Sketch of the medical history of the native army of Bombay, for the year
Year: 1870
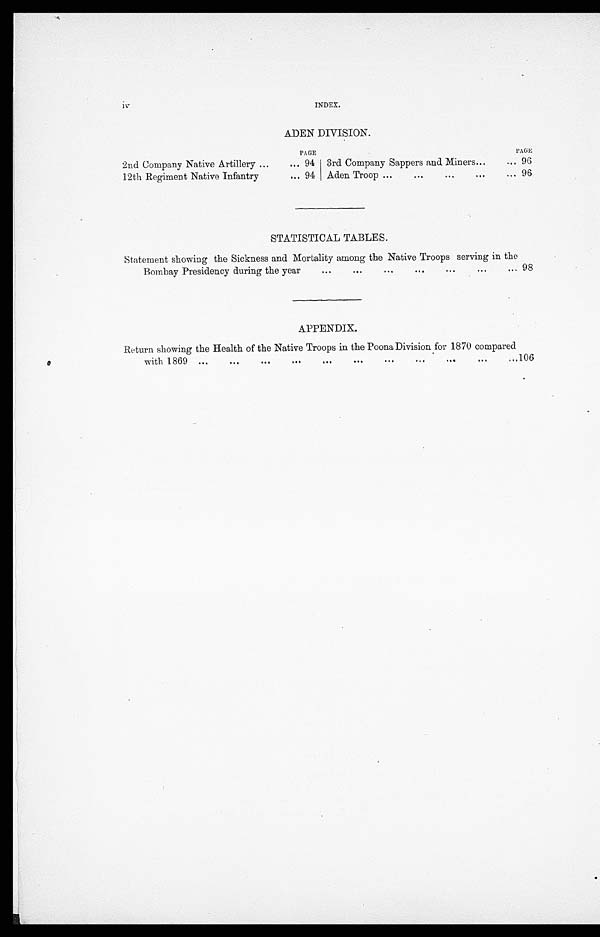
iv
INDEX.
ADEN DIVISION.
PAGE
PAGE
2nd Company Native Artillery ...
... 94 3rd Company Sappers and Miners...
.,. 96
12th Regiment Native Infantry
... 94 Aden Troop ......
..
...
... 96
STATISTICAL TABLES.
Statement showing the Sickness and Mortality among the Native Troops serving in the
Bombay Presidency during the year
...
...
...
...
...
...
. . . 98
APPENDIX.
Return showing the Health of the Native Troops in the Poona Division for 1870 compared
with 1869 ...
...
...
...
...
...
...
...
...
—106